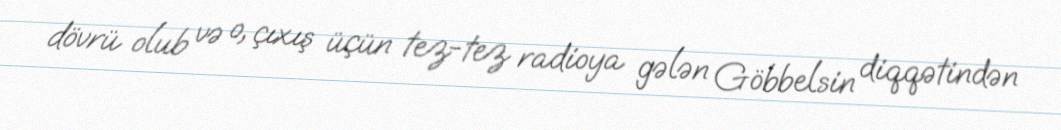
dövrü olub və o, çıxış üçün tez-tez radioya gələn Göbbelsin diqqətindən